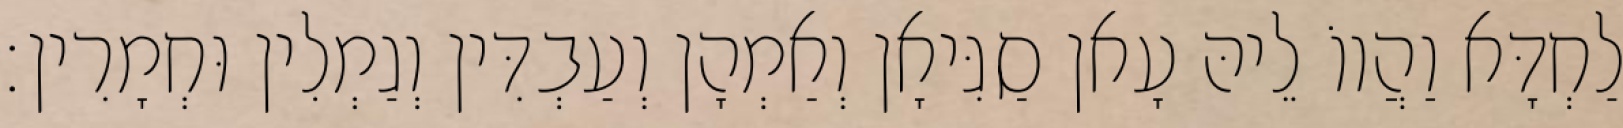
לַחְדָּא וַהֲווֹ לֵיהּ עָאן סַגִּיאָן וְאַמְהָן וְעַבְדִּין וְגַמְלִין וּחְמָרִין׃